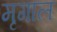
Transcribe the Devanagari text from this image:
मृगाल